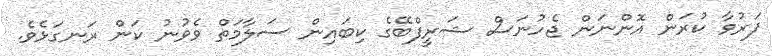
ފަރުވާ ކުރަން އޮންނަން ޖެހުނަސް ޝަރީފްބޭގެ ކިބައިން ސަލާމަތް ވެވުނު ކަން ރަނގަޅެވެ.